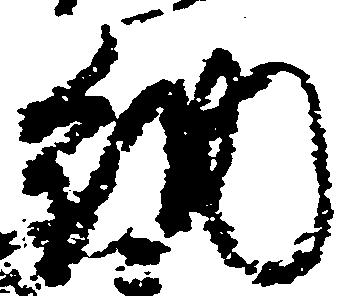
納